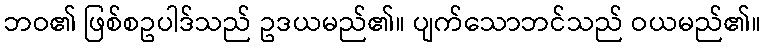
ဘဝ၏ ဖြစ်စဥပါဒ်သည် ဥဒယမည်၏။ ပျက်သောဘင်သည် ဝယမည်၏။